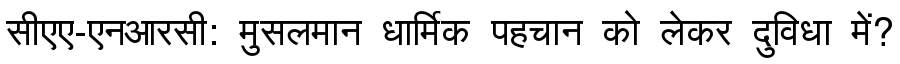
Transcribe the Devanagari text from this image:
सीएए-एनआरसी: मुसलमान धार्मिक पहचान को लेकर दुविधा में?